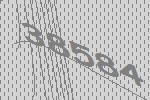
38584